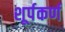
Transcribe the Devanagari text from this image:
शूर्पकर्ण